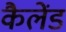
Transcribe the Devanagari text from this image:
कैलेंड